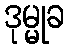
ဒုမ္မုခ